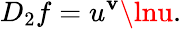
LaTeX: D_{2}f=u^{\mathbf{v}}\lnu.